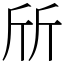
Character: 斦